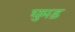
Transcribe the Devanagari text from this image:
घुमड़